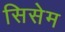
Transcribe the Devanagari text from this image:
सिसेम